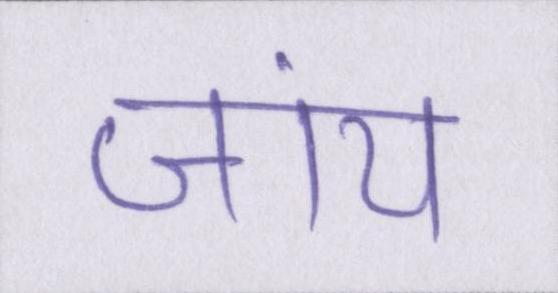
जांय